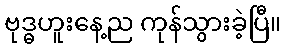
ဗုဒ္ဓဟူးနေ့ည ကုန်သွားခဲ့ပြီ။